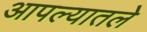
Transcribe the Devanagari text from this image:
आपल्यातले